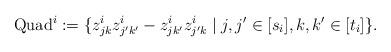
LaTeX: \begin{align*}\mathrm{Quad}^i := \{ z^i_{jk}z^i_{j'k'} - z^i_{jk'}z^i_{j'k} \mid j,j' \in [s_i], k,k' \in [t_i] \}.\end{align*}